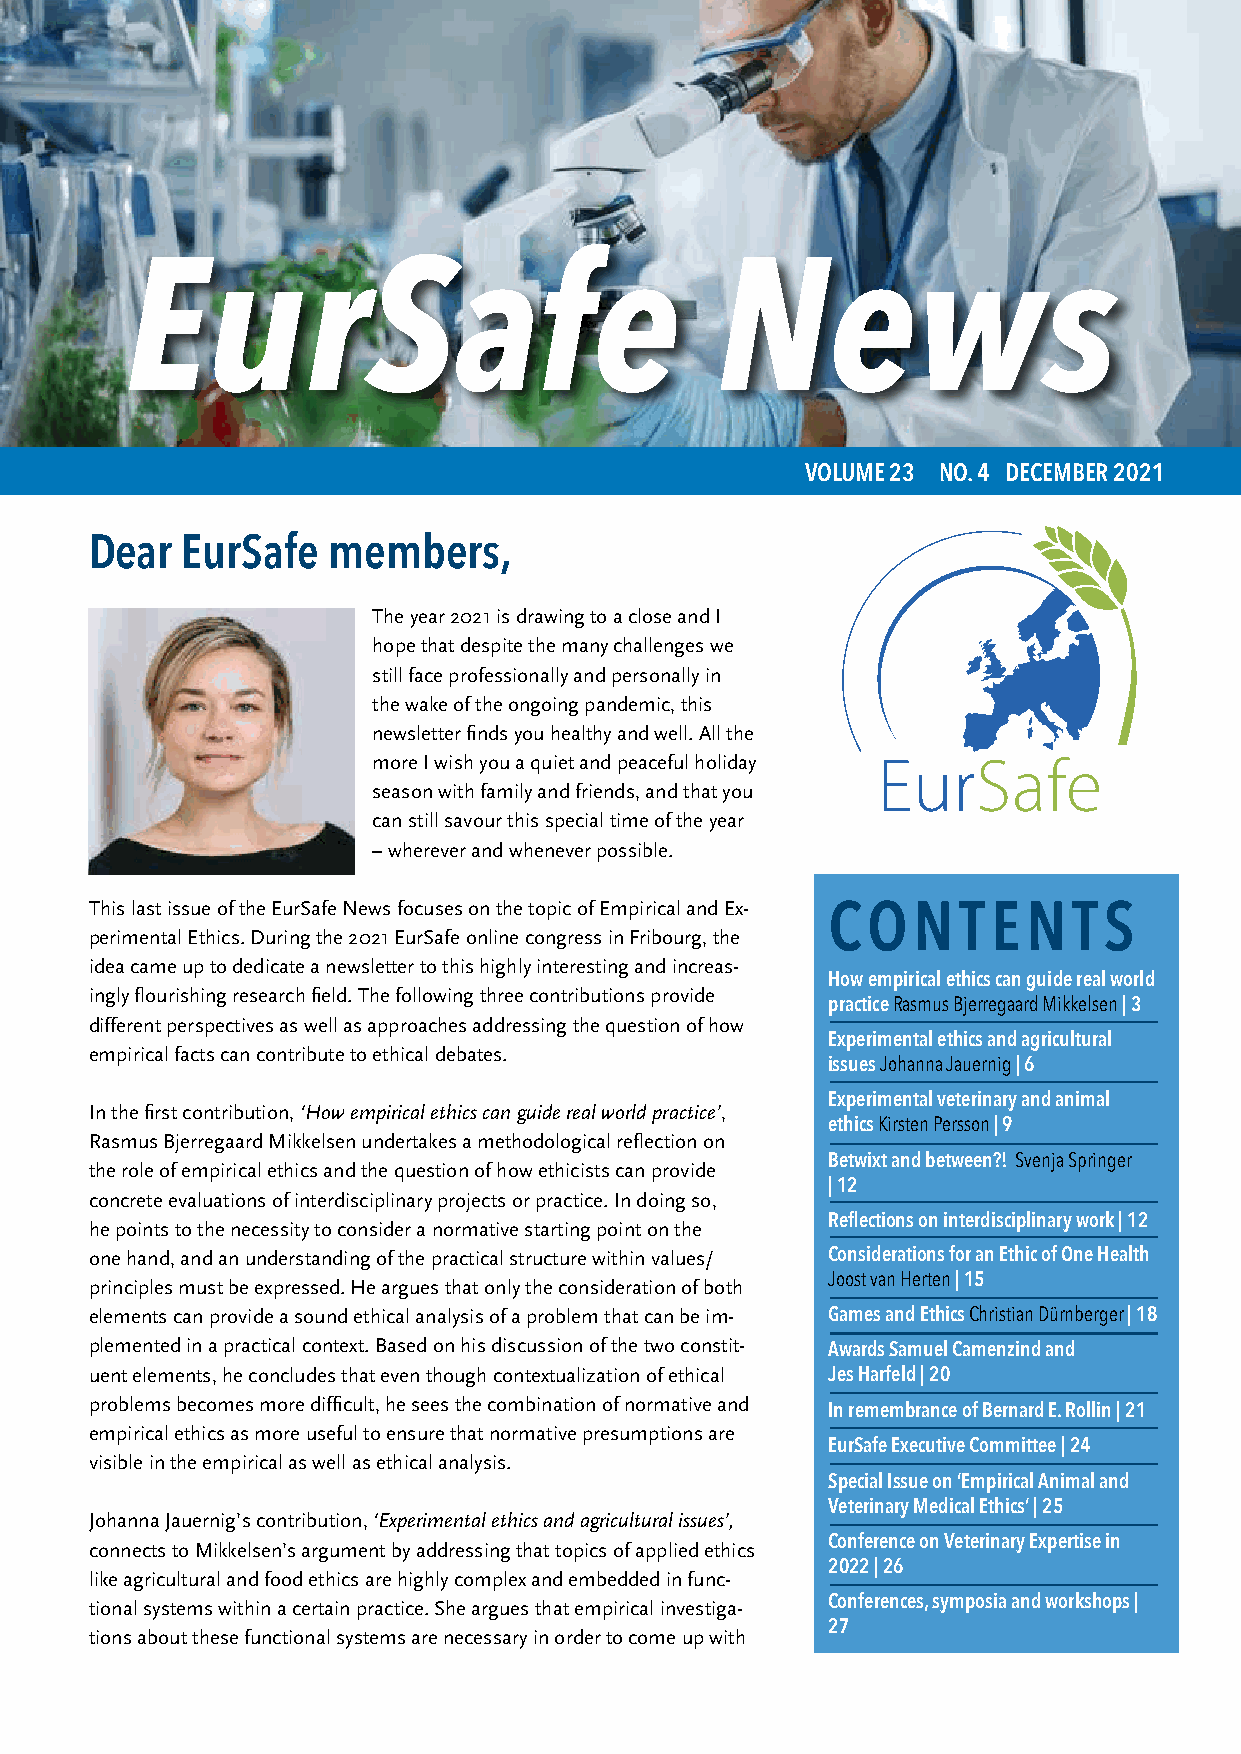
EurSafe                                News
 VOLUME 23 NO. 4 DECEMBER 2021
 Dear  EurSafe   members,
 The year 2021 is drawing to a close and I
 hope that despite the many challenges we
 still face professionally and personally in
 the wake of the ongoing pandemic, this
 newsletter finds you healthy and well. All the
 more I wish you a quiet and peaceful holiday EurSafe
 season with family and friends, and that you
 can still savour this special time of the year
 – wherever and whenever possible.
 This last issue of the EurSafe News focuses on the topic of Empirical and Ex-
 CONTENTS
 perimental Ethics. During the 2021 EurSafe online congress in Fribourg, the
 idea came up to dedicate a newsletter to this highly interesting and increas-
 How empirical ethics can guide real world
 ingly flourishing research field. The following three contributions provide
 practice Rasmus Bjerregaard Mikkelsen | 3
 different perspectives as well as approaches addressing the question of how
 Experimental ethics and agricultural
 empirical facts can contribute to ethical debates.
 issues Johanna Jauernig | 6
 Experimental veterinary and animal
 In the first contribution, ‘How empirical ethics can guide real world practice’,
 ethics Kirsten Persson | 9
 Rasmus Bjerregaard Mikkelsen undertakes a methodological reflection on
 Betwixt and between?! Svenja Springer
 the role of empirical ethics and the question of how ethicists can provide
 | 12
 concrete evaluations of interdisciplinary projects or practice. In doing so,
 he points to the necessity to consider a normative starting point on the Reflections on interdisciplinary work | 12
 one hand, and an understanding of the practical structure within values/ Considerations for an Ethic of One Health
 principles must be expressed. He argues that only the consideration of both Joost van Herten | 15
 elements can provide a sound ethical analysis of a problem that can be im- Games and Ethics Christian Dürnberger | 18
 plemented in a practical context. Based on his discussion of the two constit-
 Awards Samuel Camenzind and
 uent elements, he concludes that even though contextualization of ethical Jes Harfeld | 20
 problems becomes more difficult, he sees the combination of normative and
 In remembrance of Bernard E. Rollin | 21
 empirical ethics as more useful to ensure that normative presumptions are
 EurSafe Executive Committee | 24
 visible in the empirical as well as ethical analysis.
 Special Issue on ‘Empirical Animal and
 Veterinary Medical Ethics’ | 25
 Johanna Jauernig’s contribution, ‘Experimental ethics and agricultural issues’,
 connects to Mikkelsen’s argument by addressing that topics of applied ethics Conference on Veterinary Expertise in
 2022 | 26
 like agricultural and food ethics are highly complex and embedded in func-
 tional systems within a certain practice. She argues that empirical investiga- Conferences, symposia and workshops |
 27
 tions about these functional systems are necessary in order to come up with